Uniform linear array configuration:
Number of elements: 64
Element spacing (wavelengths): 1
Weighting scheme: hamming
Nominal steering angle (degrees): -15
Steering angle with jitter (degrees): -15.032
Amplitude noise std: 0.05
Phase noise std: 0.05

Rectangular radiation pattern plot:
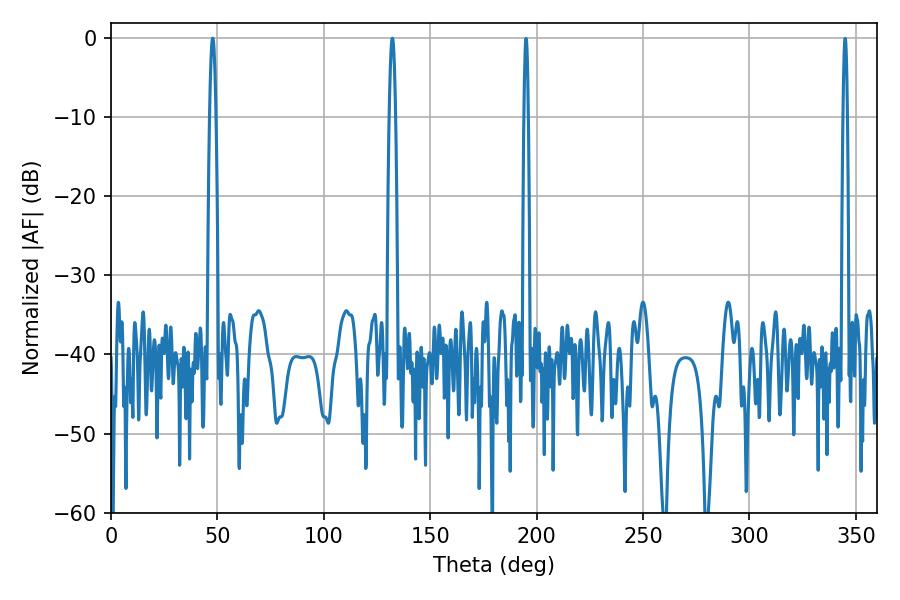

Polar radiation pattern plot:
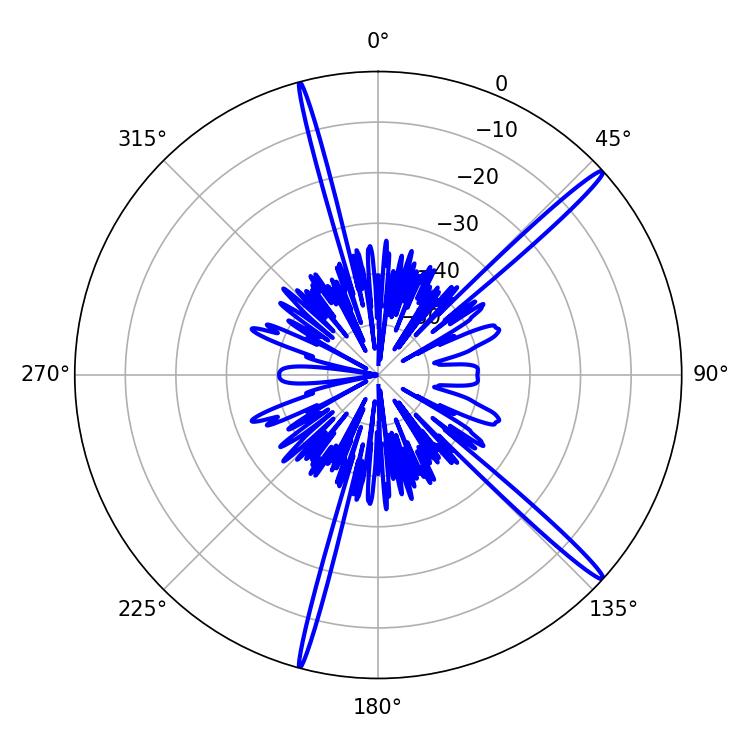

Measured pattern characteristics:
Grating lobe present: TRUE
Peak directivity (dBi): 17.442
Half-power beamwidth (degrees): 1.62
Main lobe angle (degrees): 47.7